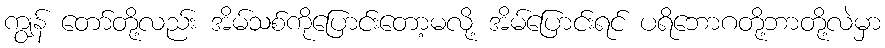
ကျွန် တော်တို့လည်း အိမ်သစ်ကိုပြောင်းတော့မလို့ အိမ်ပြောင်းရင် ပရိဘောဂတို့ဘာတို့လဲမှာ